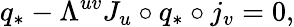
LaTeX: q_{*}-\Lambda^{uv}J_{u}\circ q_{*}\circ j_{v}=0,